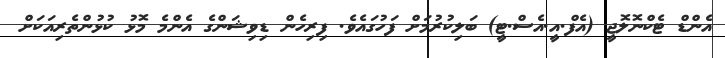
އެންޑް ޓެކްނޮލޮޖީ (އެފް.އީ.އެސް.ޓީ) ބަލިކުރުމަށް ފަހުގައެވެ. ފިރިހެން ޑިވިޝަންގެ އެންމެ މޮޅު ކުޅުންތެރިއަކަށް